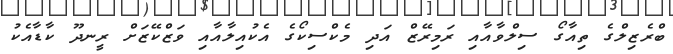
ބްރެޒިލްގެ ތިއާގޯ ސިލްވާއާއި ރަމިރޭޒް އަދި މެކްސިކޯގެ އެކުއިލާއާއި ވަޒްކޭޒަށް ރީނދޫ ކާޑާއެކު